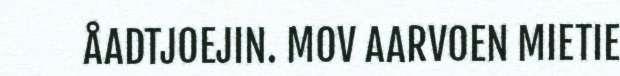
ÅADTJOEJIN. MOV AARVOEN MIETIE